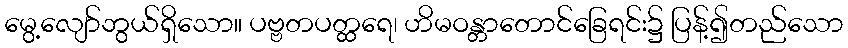
မွေ့လျော်ဘွယ်ရှိသော။ ပဗ္ဗတပတ္ထရေ၊ ဟိမဝန္တာတောင်ခြေရင်း၌ ပြန့်၍တည်သော